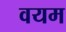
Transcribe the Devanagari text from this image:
वयम